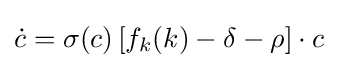
{\dot {c}}=\sigma (c)\left[f_{k}(k)-\delta -\rho \right]\cdot c